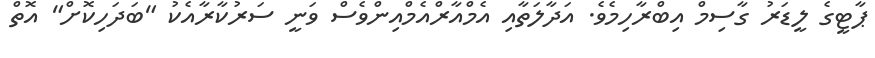
ޕާޓީގެ ލީޑަރު ގާސިމް އިބްރާހިމެވެ. އަދާލަތާއި އެމްއާރްއެމްއިންްވެސް ވަނީ ސަރުކާރާއެކު "ބަދަހިކޮށް" އޮތް